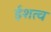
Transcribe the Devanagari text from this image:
ईशत्व